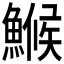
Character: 𩺟